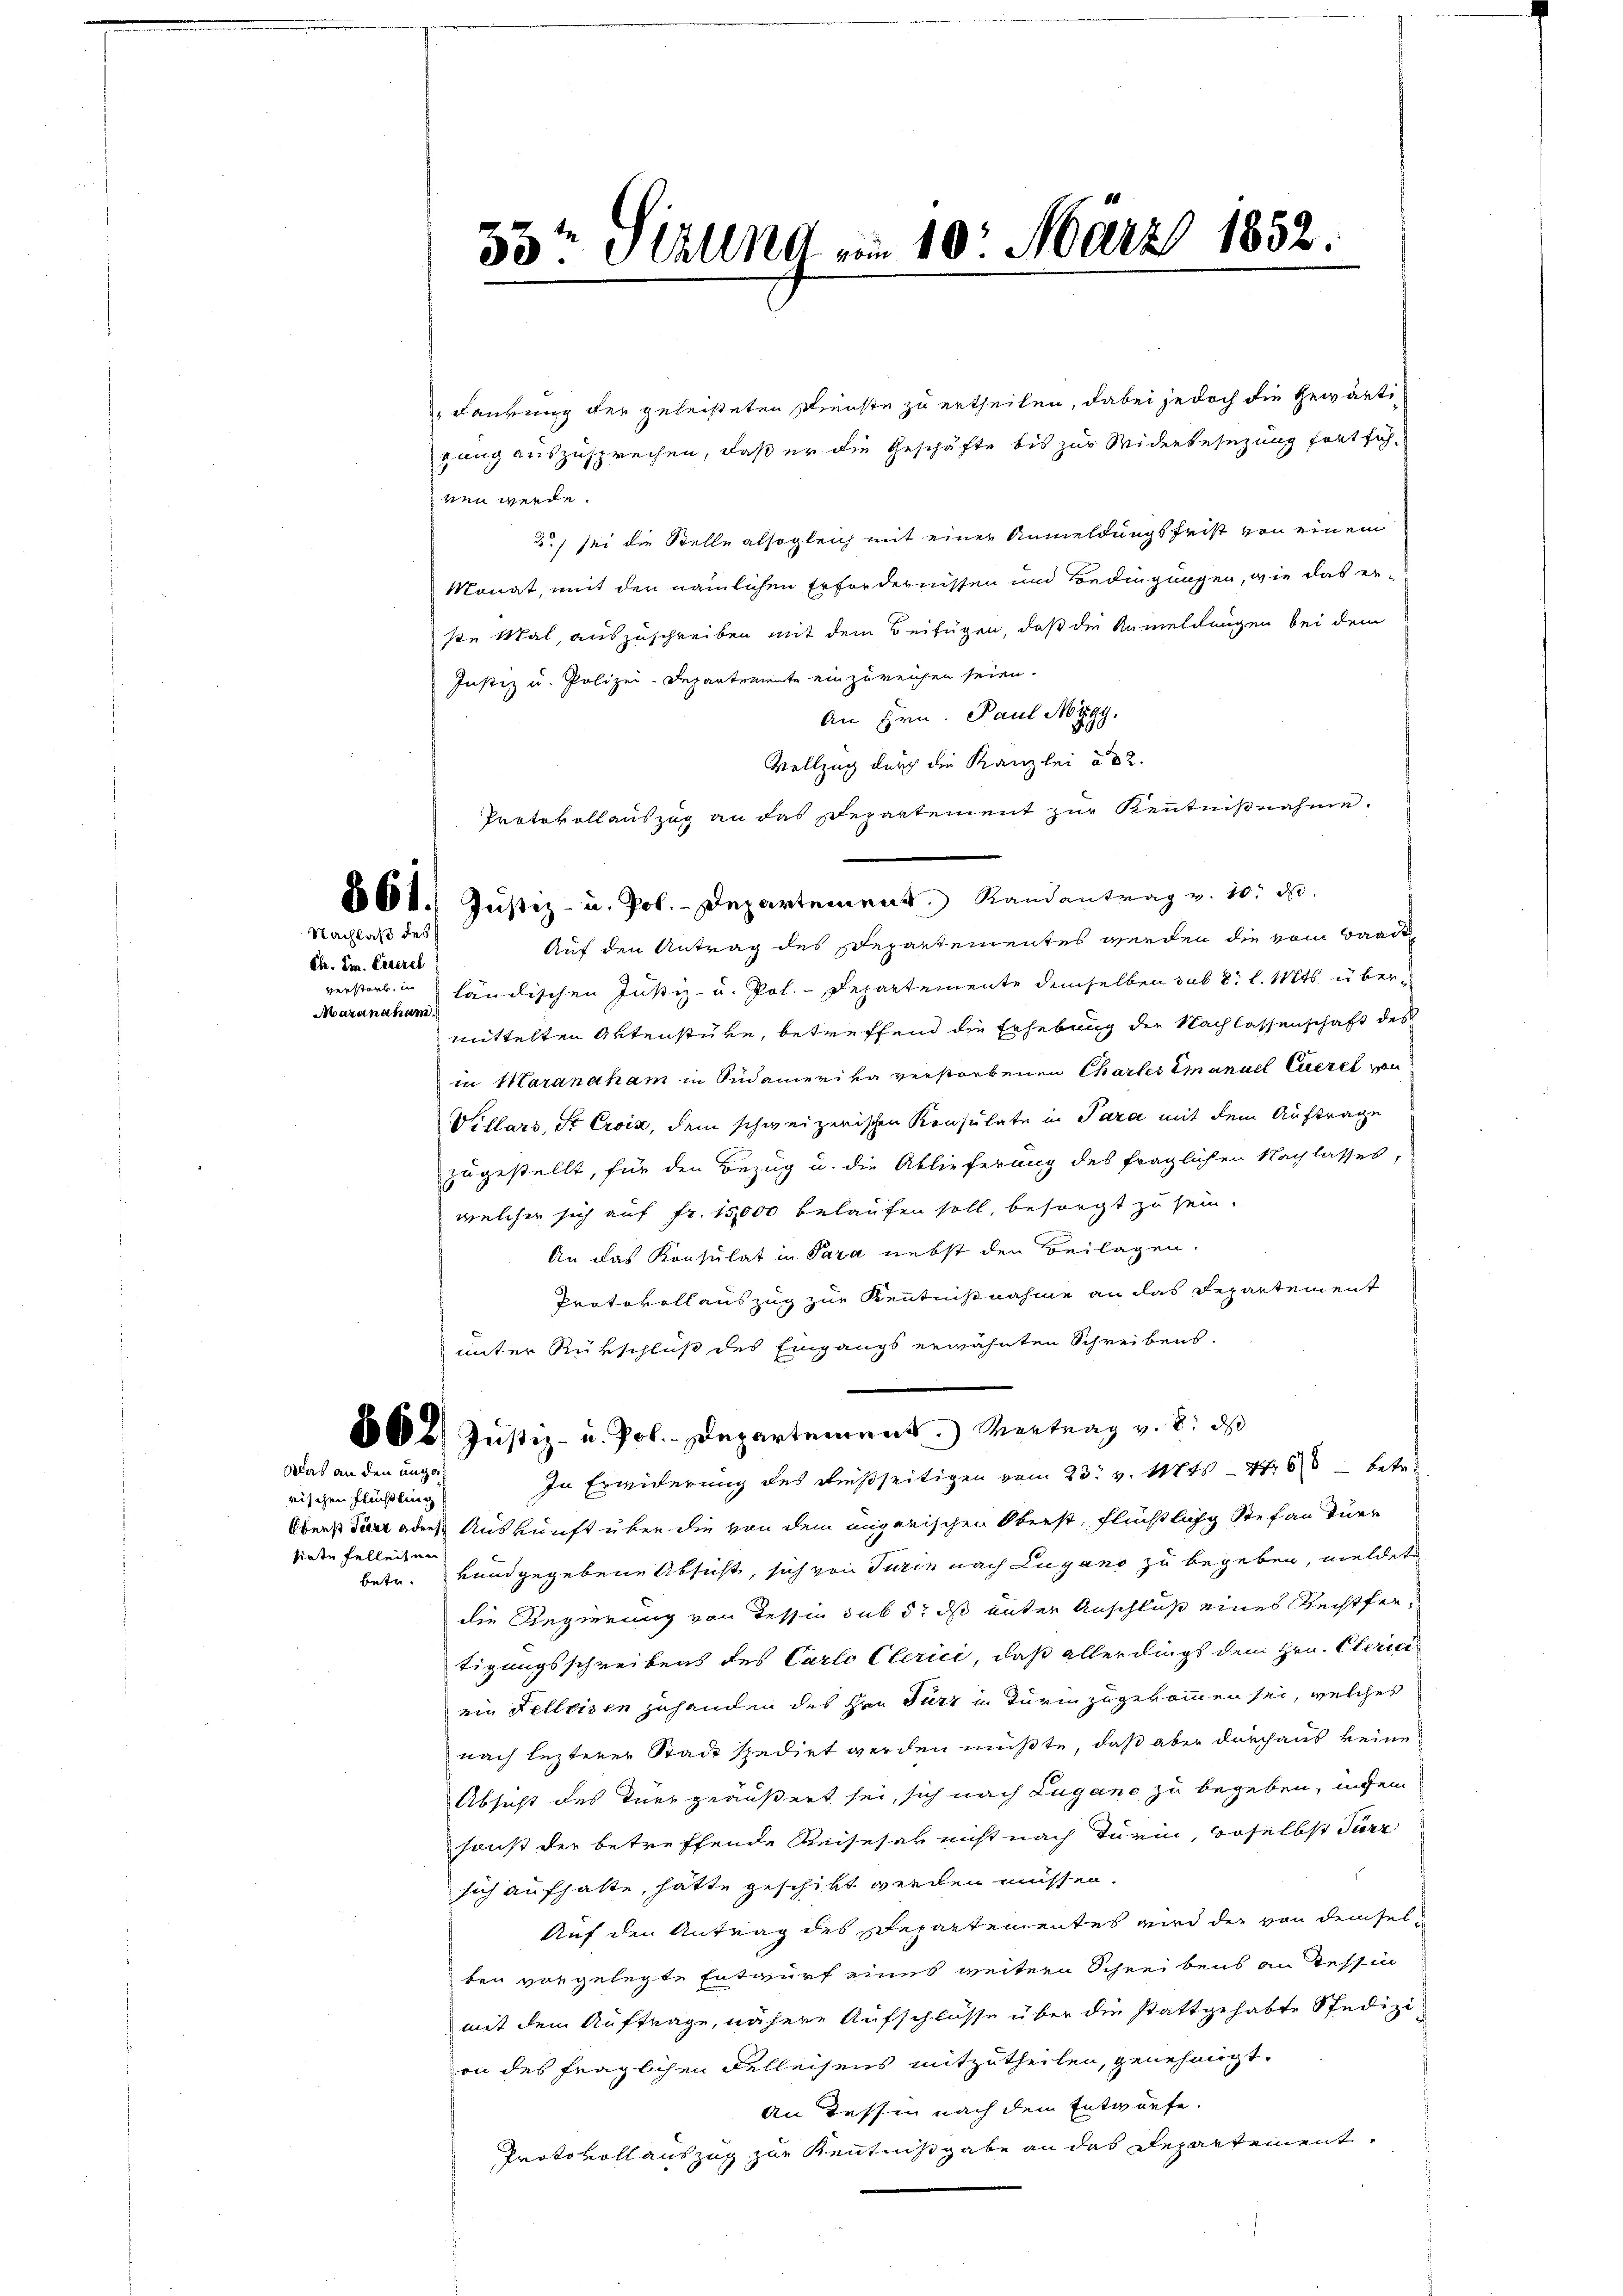
Nachlaß des
Cie. Im Einerel
verstarb, in
Mazanaham.

Was an den unge
rischen Flüchtling
sirte Felleiten
betr.

daurung der geleisteten Dienste zu ertheilen, dabei jedoch die Gewärtigang auszusprechen, daß er die Geschäfte bis zur Widerbesezung fortführen werde.
2.) sei die Stelle alsogleich mit einer Anmeldungsfrist von einem
Monat, mit den nämlichen Erfordernissen und Bedingungen, wie das erse Mal, auszuschreiben mit dem Beifügen, daß die Anmeldungen bei dem
Justiz u. Polizei-Departemente einzureichen seien.
An Hrn. Paul Mygy.
Vollzug durch die Kanzlei ad 2.
Protokollauszug an das Departement zur Kenntnißnahme.
861. Justiz- u. Pol. - Departement. Randantrag v. 10. d.
Auf den Antrag des Departementes werden die vom Baade
ländischen Justiz- u. Pol.-Departemente demselben sub 8 l. Mts. übermittelten Aktenstüre, betreffend die Erhebung der Nachlassenschaft des
in Maranaham in Südamerika verstorbenen Chartes Emanuel Eueret von
Villars, St. Croix, dem schweizerischen Konsulate in Para mit dem Auftrage
zugestellt, für den Bezug u. die Ablieferung des fraglichen Nachlasses,
welcher sich auf Fr. 15,000 belaufen soll, besorgt zu sein.
An das Konsulat in Para nebst den Beilagen.
Protokollauszug zur Kenntnißnahme an das Departement
unter Rükschluß des Eingangs erwähnten Schreibens.
868, Justiz- u. Pol. - Departement Vertrag v. 8. ds
In Erwiderung des Deißseitigen vom 23. v. Mts. - 4. 68 betre
Oberst der oder Auskunft über die von dem ungarischen Oberst, Flüchtlich Stefan zuer
vandgegebene Absicht, sich von Turin nach Lugano zu begeben, meldete
die Regierung von Tessin sub 5t ds unter Anschluß eines Rechtfertigungsschreibens des Carlo Clerici, daß allerdings dem Hrn. Clerici
ein Felleisen zuhanden des Hrn. Furz in Turin zugekommen sei, welches
nach lezterer Stade spedirt werden müßte, daß aber durchaus keine
Absicht des Turr geäußert sei, sich nach Lugano zu begeben, insei
sonst der betreffende Reisesar nicht nach Turin, woselbst Parz
sich aufhalte, hatte geschickt werden müssen.
Auf den Antrag des Departementes wird der von demselben vorgelegte Entwurf eines weitern Schreibens an Tessin
mit dem Auftrage, nähere Aufschlüsse über die Stattgehabte Studizion des fraglichen Delleisens mitzutheilen, genehmigt.
An dessen nach dem Entwürfe.
Protokoll auszug zur Kenntnißgabe an das Departement,

33. Halla am 10. März 1852.